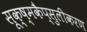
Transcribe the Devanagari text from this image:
सूक्ष्मकैप्सुलीकरण